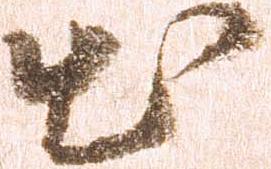
出